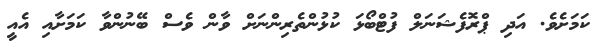
ކަމަށެވެ. އަދި ޕްރޮފެޝަނަލް ފުޓްބޯޅަ ކުޅުންތެރިންނަށް ވާން ވެސް ބޭނުންވާ ކަމަށާއި އެއީ